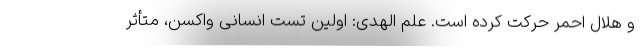
و هلال احمر حرکت کرده است. علم الهدی: اولین تست انسانی واکسن، متأثر